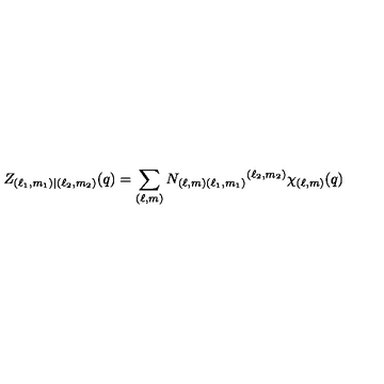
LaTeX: Z _ { ( \ell _ { 1 } , m _ { 1 } ) | ( \ell _ { 2 } , m _ { 2 } ) } ( q ) = \sum _ { ( \ell , m ) } N _ { ( \ell , m ) ( \ell _ { 1 } , m _ { 1 } ) } { } ^ { ( \ell _ { 2 } , m _ { 2 } ) } \chi _ { ( \ell , m ) } ( q )